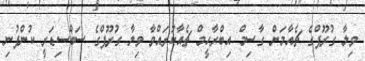
ވިލާ ގުރޫޕްގެ ޗެއާމަން ގާސިމް އިބްރާހީމް ޗެއާކުރައްވާ ވިލާ ގުރޫޕްގެ ސަބްސިޑަރީ ކުންފުނި